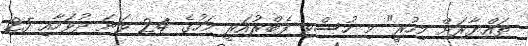
ތައްޔާރަށް މިހުރީ" މި ހުސްވި ފެބްރުއަރީ މަހުގެ 24 ވަނަ ދުވަހާއި 25